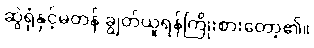
ဆွဲရုံနှင့်မတန် ချွတ်ယူရန်ကြိုးစားတော့၏။